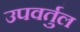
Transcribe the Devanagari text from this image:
उपवर्तुल